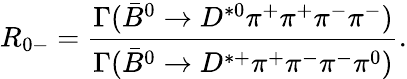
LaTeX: R_{0-}={\frac{\Gamma(\bar{B}^{0}\rightarrow D^{*0}\pi^{+}\pi^{+}\pi^{-}\pi^{-})}{\Gamma(\bar{B}^{0}\rightarrow D^{*+}\pi^{+}\pi^{-}\pi^{-}\pi^{0})}}.